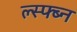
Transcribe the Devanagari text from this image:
ल्स्फ्ब्न